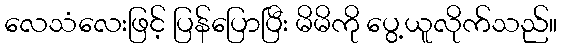
လေသံလေးဖြင့် ပြန်ပြောပြီး မိမိကို ပွေ့ယူလိုက်သည်။